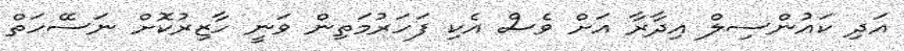
އަދި ކައުންސިލް އިދާރާ އަށް ވެސް އެކި ފަހަރުމަތިން ވަނީ ހާޒިރުކޮށް ނަސޭހަތް